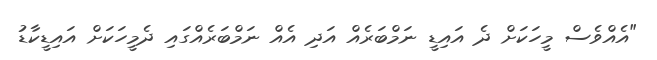
"އެއްވެސް މީހަކަށް ދެ އައިޑީ ނަމްބަރެއް އަދި އެއް ނަމްބަރެއްގައި ދެމީހަކަށް އައިޑީކާޑު